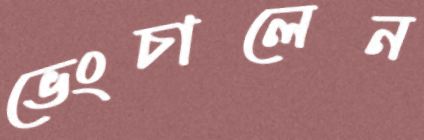
ভেংচালেন